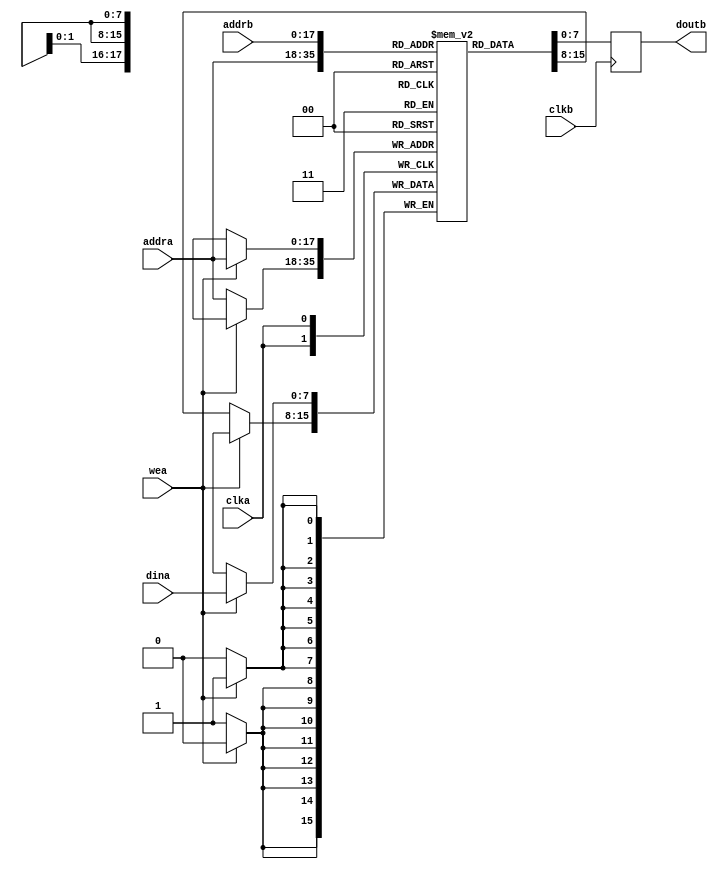
module BRam8x512x512(
  clka,
  wea,
  addra,
  dina,
  clkb,
  addrb,
  doutb);
  input clka;
  input [0:0]wea;
  input [17:0]addra;
  input [7:0]dina;
  input clkb;
  input [17:0]addrb;
  output reg [7:0]doutb;

  reg[7 : 0] mem[0 : 2 ** 18 - 1];
  always @(posedge clka) begin
    if(wea)
      mem[addra] <= dina;
    else
      mem[addra] <= mem[addra];
  end

  always @(posedge clkb)
      doutb <= mem[addrb];

endmodule